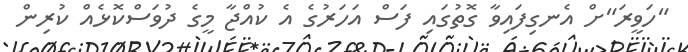
"ހަވީރަ"ށް އެނގިފައިވާ ގޮތުގައި ފަސް އަހަރުގެ އެ ކުއްޖާ މީގެ ދުވަސްކޮޅެއް ކުރިން